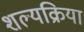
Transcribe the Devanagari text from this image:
शल्‍यक्रिया